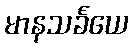
မာနသင်္ခယေ